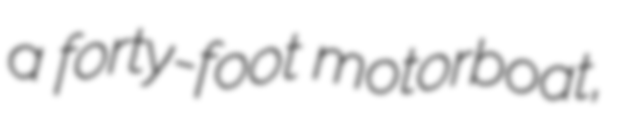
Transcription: a forty-foot motorboat,